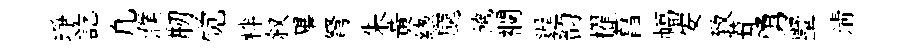
琤訖凢濮剏觉柈叙畢弩朱黄緫颸饑襴遲韵櫂菖幅安致葺勇墅淸